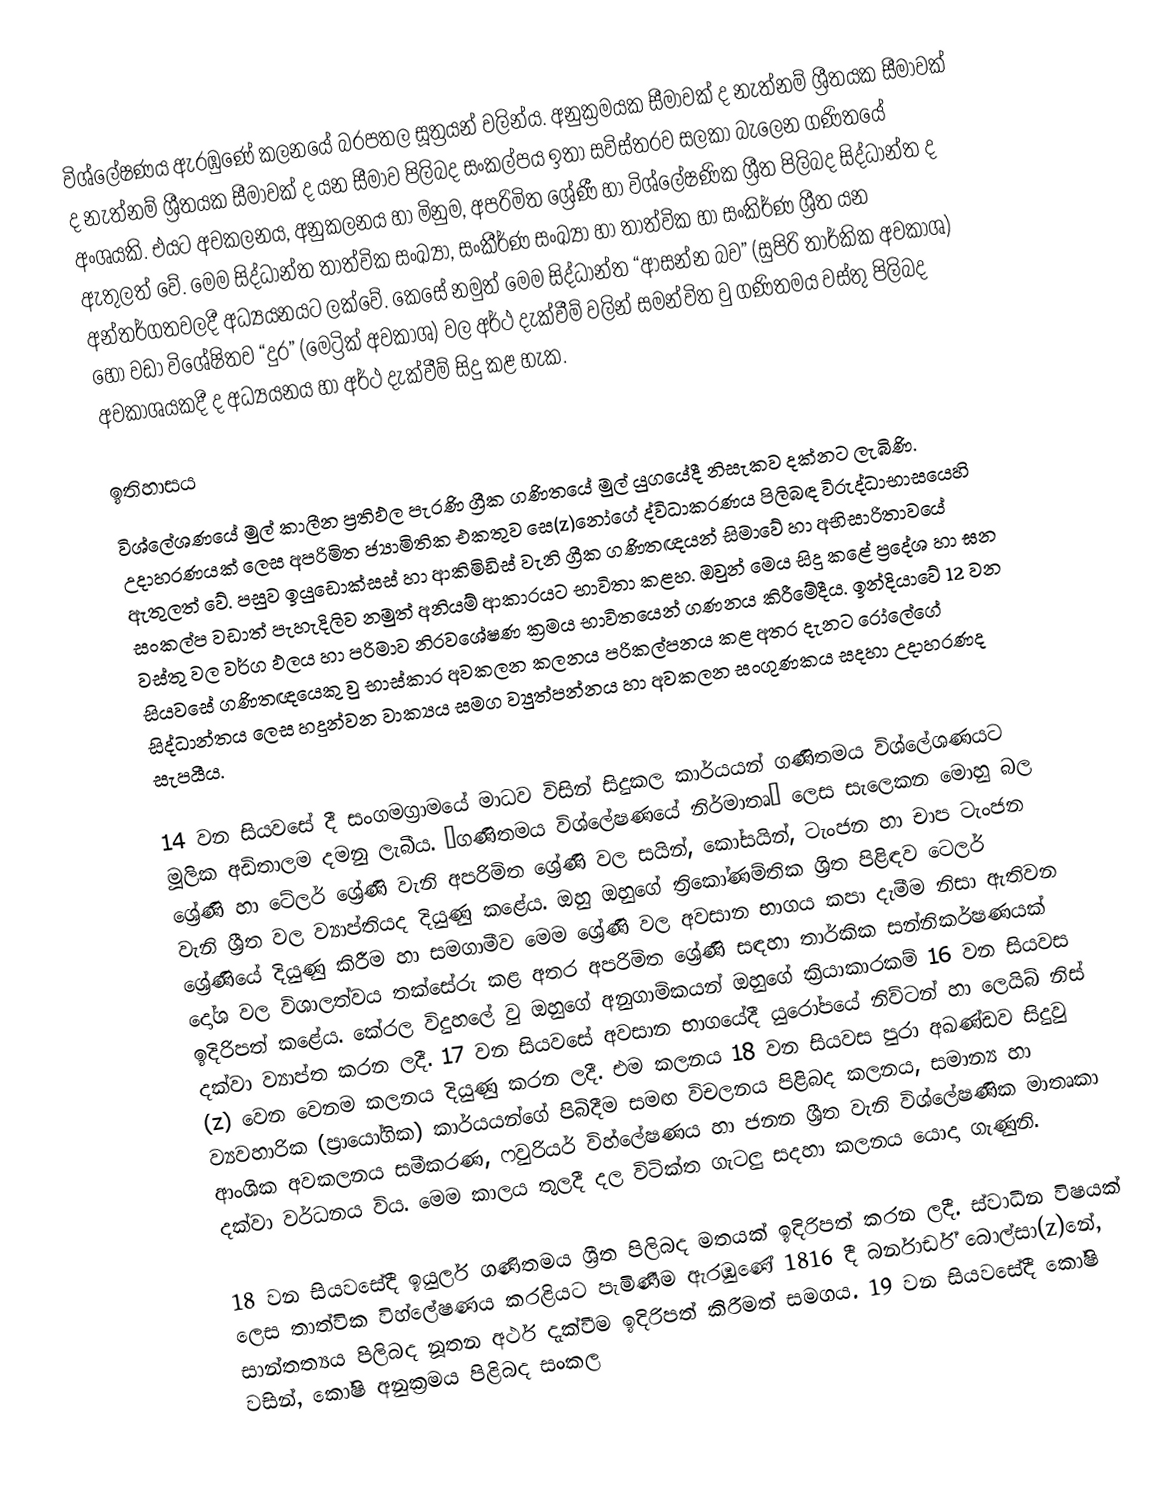
විශ්ලේෂණය ඇරඹුණේ කලනයේ බරපතල සූත්‍ර‍යන් වලින්ය. අනුක්‍රමයක සීමාවක් ද නැත්නම්  ශ්‍රීතයක සීමාවක් ද නැත්නම් ශ්‍රීතයක සීමාවක් ද යන සීමාව පිලිබද සංකල්පය ඉතා සවිස්තරව සලක‍ා බැලෙන ගණිතයේ අංශයකි. එයට අවකලනය, අනුකලනය හා මිනුම, අපරිමිත ශ්‍රේණී හා විශ්ලේෂණික ශ්‍රීත පිලිබද සිද්ධාන්ත ද ඇතුලත් වේ. මෙම සිද්ධාන්ත තාත්වික සංඛ්‍යා, සංකීර්ණ සංඛ්‍යා හා තාත්වික හා සංකිර්ණ ශ්‍රීත යන අන්තර්ගතවලදී අධ්‍යයනයට ලක්වේ. කෙසේ නමුත් මෙම සිද්ධාන්ත “ආසන්න බව” (සුපිරි තාර්කික අවකාශ) හෝ වඩා විශේෂිතව “දුර” (මෙට්‍රික් අවකාශ) වල අර්ථ දැක්වීම් වලින් සමන්විත වු ගණිතමය වස්තු පිලිබද අවකාශයකදී ද අධ්‍යයනය හා අර්ථ දැක්වීම් සිදු කළ හැක.

ඉතිහාසය
විශ්ලේශණයේ මුල් කාලීන ප්‍රතිඵල පැරණි ග්‍රීක ගණිතයේ මුල් යුගයේදී නිසැකව දක්නට ලැබිණි. උදාහරණයක් ලෙස අපරිමිත ජ්‍යාමිතික එකතුව සෙ(z)නෝගේ ද්විධාකරණය පිලිබඳ විරුද්ධාභාසයෙහි ඇතුලත් වේ. පසුව ඉයුඩොක්සස් හා ආකිමිඩිස් වැනි ග්‍රීක ගණිතඥයන් සිමාවේ හා අභිසාරිතාවයේ සංකල්ප වඩාත් පැහැදිලිව නමුත් අනියම් ආකාරයට භාවිතා කළහ. ඔවුන් මෙය සිදු කළේ ප්‍රදේශ හා ඝන වස්තු වල වර්ග ඵලය හා පරිමාව නිරවශේෂණ ක්‍රමය භාවිතයෙන් ගණනය කිරීමේදීය. ඉන්දියාවේ 12 වන සියවසේ ගණිතඥයෙකු වු භාස්කාර අවකලන කලනය පරිකල්පනය කළ අතර දැනට රෝලේගේ සිද්ධාන්තය ලෙස හදුන්වන වාක්‍යය සමග ව්‍යුත්පන්නය හා‍ අවකලන සංගුණකය සදහා උදාහරණද සැපයීය.

14 වන සියවසේ දී සංගමග්‍රාමයේ මාධව විසින් සිදුකල කාර්යයන් ගණිතමය විශ්ලේශණයට මූලික අඩිතාලම දමනු ලැබීය. “ගණිතමය විශ්ලේෂණයේ නිර්මාතෘ” ලෙස සැල‍ෙකන මොහු බල ශ්‍රේණි හා ටේලර් ශ්‍රේණි වැනි අපරිමිත ශ්‍රේණි වල සයින්, කෝසයින්, ටැංජන හා චාප ටැංජන වැනි ශ්‍රීත වල  ව්‍යාප්තියද දියුණු කළේය. ඔහු ඔහුගේ ත්‍රිකෝණම්තික ශ්‍රිත පිළිඳව ටෙලර් ශ්‍රේණියේ දියුණු කිරීම හා සමගාමීව මෙම ශ්‍රේණි වල  අවසාන භාගය කපා දැමීම නිසා ඇතිවන දෝශ වල විශාලත්වය තක්සේරු කළ අතර අපරිමිත ‍ශ්‍රේණි සඳහා තාර්කික සන්නිකර්ෂණයක් ඉදිරිපත් කළේය. කේරල විදුහලේ වු ඔහුගේ අනුගාමිකයන් ඔහුගේ ක්‍රියාකාරකම් 16 වන සියවස දක්වා ව්‍යාප්ත කරන ලදී. 17 වන සියවසේ අවසාන භාගයේදී යුරෝපයේ නිව්ටන් හා ලෙයිබ් නිස් (z) වෙන වෙනම කලනය දියුණු කරන ලදී. එම කලනය 18 වන සියවස පුරා අඛණ්ඩව සිදුවු ව්‍යවහාරික (ප්‍රායෝගික) කාර්යයන්ගේ පිබිදීම සමඟ විචලනය පිළිබද කලනය, සමාන්‍ය හා ආංශික අවකලනය සමීකරණ, ෆවුරියර් විහ්ලේෂණය හා ජනන ශ්‍රීත වැනි විශ්ලේෂණික මාතෘකා දක්වා වර්ධනය විය. මෙම කාලය තුලදී දල විටික්ත ගැටලු සදහා කලනය යොදා ගැණුනි.

18 වන සියවසේදී ඉයුලර් ගණිතමය ශ්‍රීත පිලිබද මතයක් ඉදිරිපත් කරන ලදී. ස්වාධීන විෂයක් ලෙස තාත්වික විහ්ලේෂණය කරළියට පැමිණීම ඇරඹුණේ 1816 දී බර්නාර්ඩ් බොල්සා(z)නේ, සාන්තත්‍යය පිලිබද නූතන අර්ථ දැක්වීම ඉදිරිපත් කිරීමත් සමගය. 19 වන සියවසේදී කෝෂි වසින්, කෝෂි අනුක්‍රමය පිළිබද සංකල